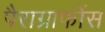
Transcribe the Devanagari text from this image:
पैराग्राफोंस